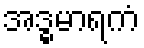
အဒ္ဓမာရကံ